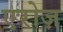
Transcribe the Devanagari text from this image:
एरोज़